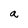
Character: a